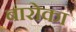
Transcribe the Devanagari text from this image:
बारोका